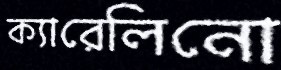
ক্যারেলিনো